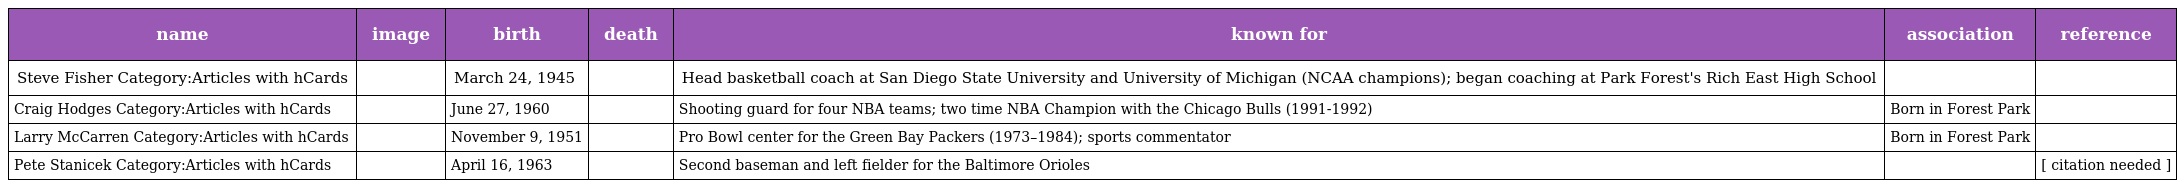
| name | image | birth | death | known for | association | reference |
 | --- | --- | --- | --- | --- | --- | --- |
 | Steve Fisher Category:Articles with hCards |  | March 24, 1945 |  | Head basketball coach at San Diego State University and University of Michigan (NCAA champions); began coaching at Park Forest's Rich East High School |  |  |
 | Craig Hodges Category:Articles with hCards |  | June 27, 1960 |  | Shooting guard for four NBA teams; two time NBA Champion with the Chicago Bulls (1991-1992) | Born in Forest Park |  |
 | Larry McCarren Category:Articles with hCards |  | November 9, 1951 |  | Pro Bowl center for the Green Bay Packers (1973–1984); sports commentator | Born in Forest Park |  |
 | Pete Stanicek Category:Articles with hCards |  | April 16, 1963 |  | Second baseman and left fielder for the Baltimore Orioles |  | [ citation needed ] |